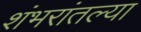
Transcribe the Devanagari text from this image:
शंभरांतल्या